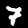
Label: 7